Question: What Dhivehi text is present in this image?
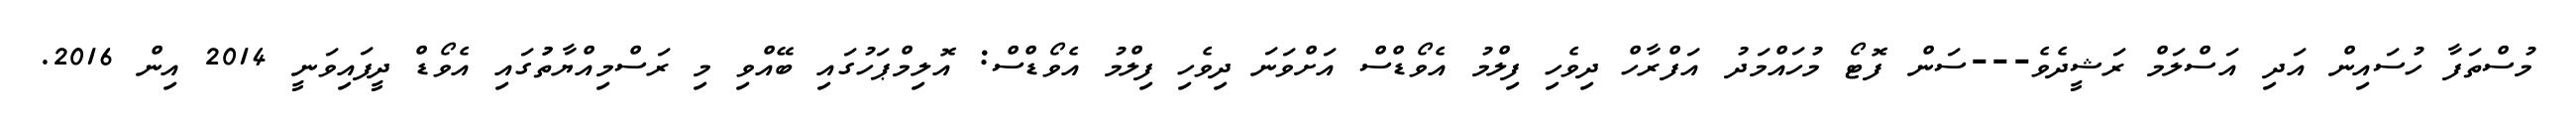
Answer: މުސްތަފާ ހުސައިން އަދި އަސްލަމް ރަޝީދެވެ---ސަން ފޮޓޯ މުހައްމަދު އަފްރާހް ދިވެހި ފިލްމު އެވޯޑްސް އަށްވަނަ ދިވެހި ފިލްމު އެވޯޑްސް: އޮލިމްޕަހުގައި ބޭއްވި މި ރަސްމިއްޔާތުުގައި އެވޯޑް ދީފައިވަނީ 2014 އިން 2016.